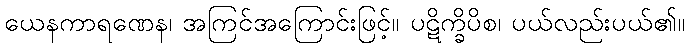
ယေနကာရဏေန၊ အကြင်အကြောင်းဖြင့်။ ပဋိက္ခိပိစ၊ ပယ်လည်းပယ်၏။